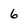
Character: 6